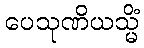
ပေသုဏိယသ္မိံ